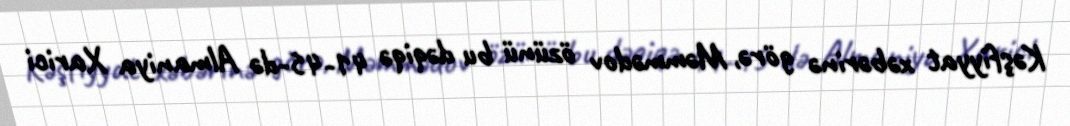
Kəşfiyyat xəbərinə görə, Məmmədov özünü bu dəqiqə 41-45-də Almaniya Xarici